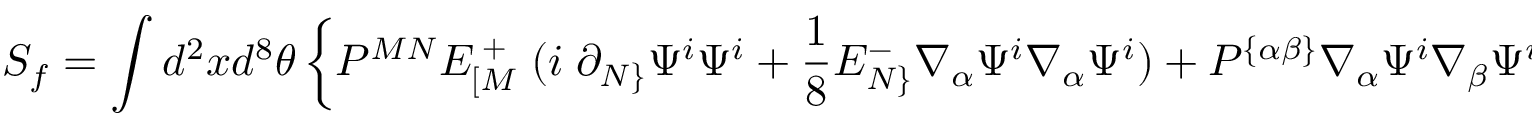
S _ { f } = \int d ^ { 2 } x d ^ { 8 } \theta \left\{ P ^ { M N } E _ { [ M } ^ { \; + } \; ( i \; \partial _ { N \} } \Psi ^ { i } \Psi ^ { i } + { \frac { 1 } { 8 } } E _ { N \} } ^ { - } \nabla _ { \alpha } \Psi ^ { i } \nabla _ { \alpha } \Psi ^ { i } ) + P ^ { \{ \alpha \beta \} } \nabla _ { \alpha } \Psi ^ { i } \nabla _ { \beta } \Psi ^ { i } \right\} \; .